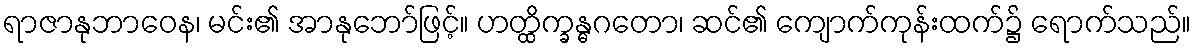
ရာဇာနုဘာဝေန၊ မင်း၏ အာနုဘော်ဖြင့်။ ဟတ္ထိက္ခန္ဓဂတော၊ ဆင်၏ ကျောက်ကုန်းထက်၌ ရောက်သည်။